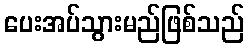
ပေးအပ်သွားမည်ဖြစ်သည်